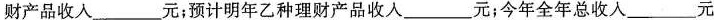
财产品收入___元；预计明年乙种理财产品收入___元；今年全年总收入___元